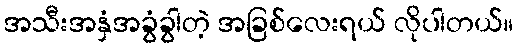
အသီးအနှံအခွံခွါတဲ့ အခြစ်လေးရယ် လိုပါတယ်။